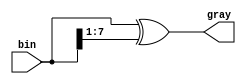
module bin_to_gray(bin, gray);
input [7:0] bin;
output [7:0] gray;
assign gray = bin[7:0] ^ {1'b0, bin[7:1]};
endmodule